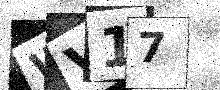
Text: WV17